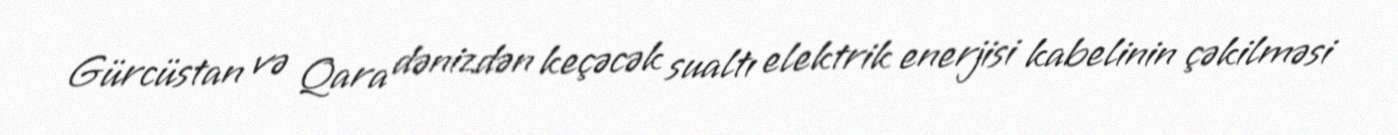
Gürcüstan və Qara dənizdən keçəcək sualtı elektrik enerjisi kabelinin çəkilməsi